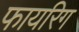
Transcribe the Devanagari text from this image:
फायरिग